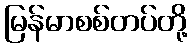
မြန်မာစစ်တပ်တို့